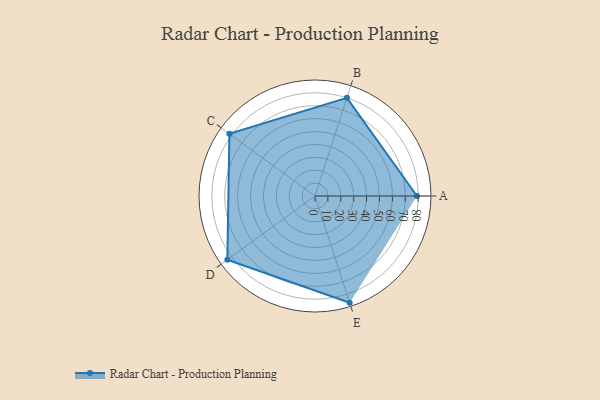
{"axis": {"x": "Skill", "y": "Score"}, "legend": ["Profile"], "data": [{"x": "A", "y": 79.0, "type": "Profile"}, {"x": "B", "y": 80.0, "type": "Profile"}, {"x": "C", "y": 82.0, "type": "Profile"}, {"x": "D", "y": 84.0, "type": "Profile"}, {"x": "E", "y": 87.0, "type": "Profile"}]}